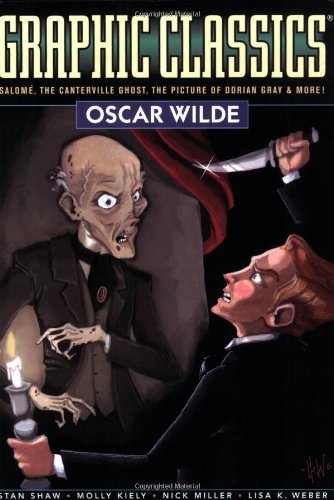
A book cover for Graphic Classics Volume 16: Oscar Wilde (Graphic Classics (Eureka)); Oscar Wilde; Comics & Graphic Novels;